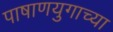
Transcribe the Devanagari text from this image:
पाषाणयुगाच्या